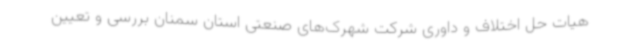
هیات حل اختلاف و داوری شرکت شهرک‌های صنعتی استان سمنان بررسی و تعیین